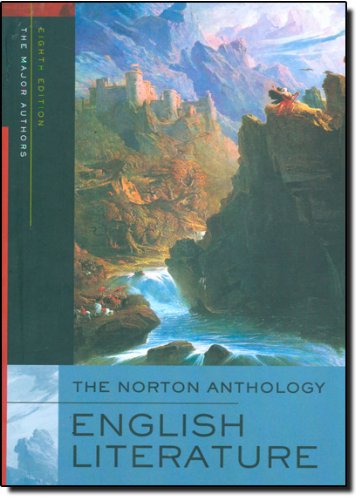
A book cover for The Norton Anthology of English Literature (Single-Volume 8th Edition); M. H. Abrams; Literature & Fiction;